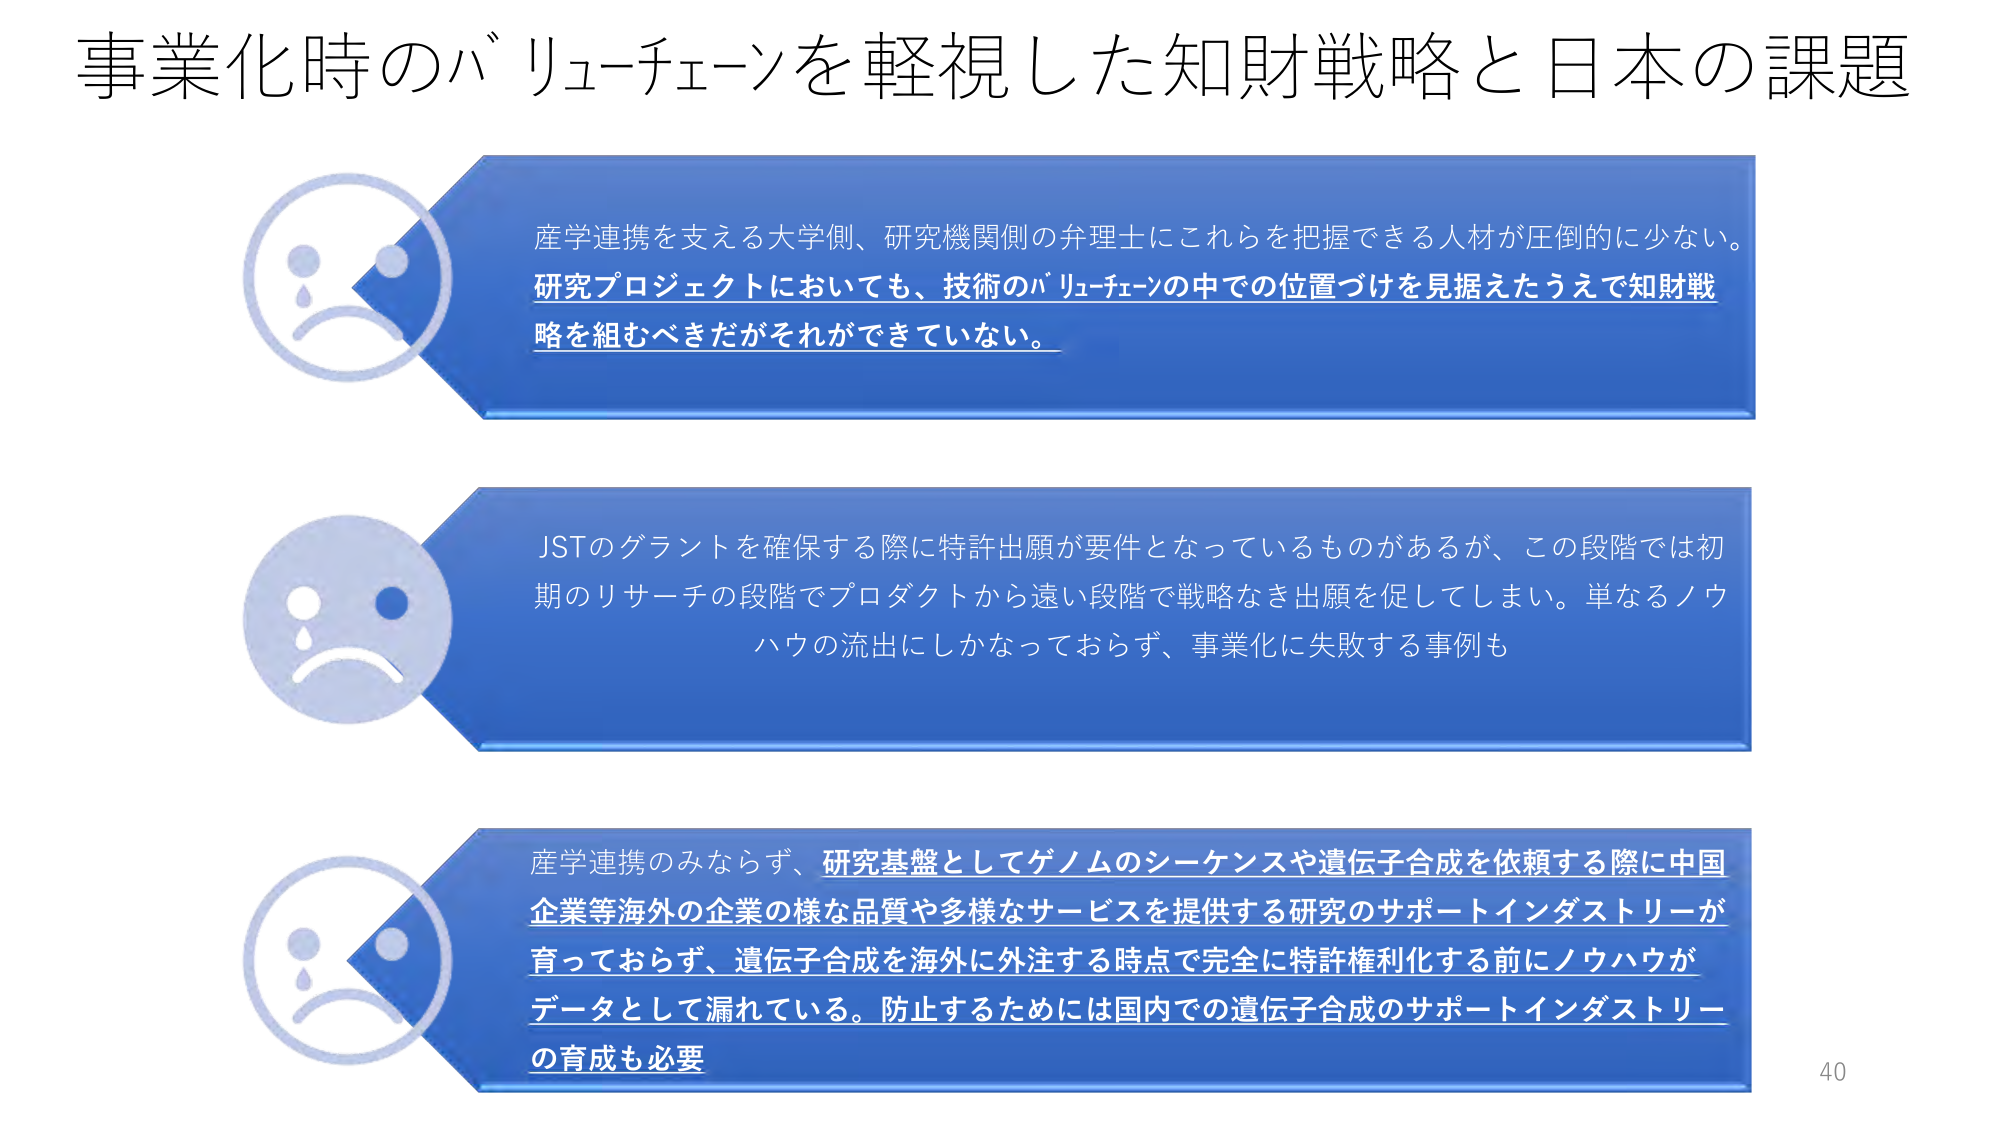
事業化時のバリューチェーンを軽視した知財戦略と日本の課題

産学連携を支える大学側、研究機関側の弁理士にこれらを把握できる人材が圧倒的に少ない。
研究プロジェクトにおいても、技術のバリューチェーンの中での位置づけを見据えたうえで知財戦略を組むべきだがそれができていない。

JSTのグラントを確保する際に特許出願が要件となっているものがあるが、この段階では初期のリサーチの段階でプロダクトから遠い段階で戦略なき出願を促してしまい。単なるノウハウの流出にしかなっておらず、事業化に失敗する事例も

産学連携のみならず、研究基盤としてゲノムのシーケンスや遺伝子合成を依頼する際に中国企業等海外の企業の様な品質や多様なサービスを提供する研究のサポートインダストリーが育っておらず、遺伝子合成を海外に外注する時点で完全に特許権利化する前にノウハウがデータとして漏れている。防止するためには国内での遺伝子合成のサポートインダストリーの育成も必要

40